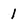
Character: 1